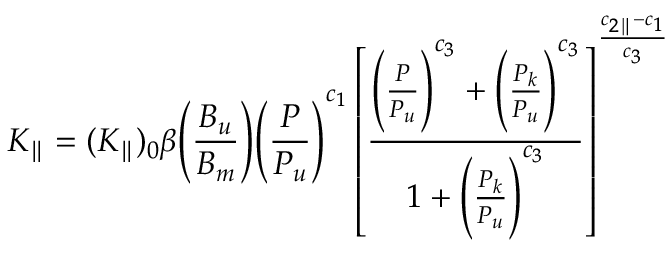
K _ { \parallel } = ( K _ { \parallel } ) _ { 0 } \beta \Bigg ( \frac { B _ { u } } { B _ { m } } \Bigg ) \Bigg ( \frac { P } { P _ { u } } \Bigg ) ^ { c _ { 1 } } \left[ \frac { \Bigg ( \frac { P } { P _ { u } } \Bigg ) ^ { c _ { 3 } } + \Bigg ( \frac { P _ { k } } { P _ { u } } \Bigg ) ^ { c _ { 3 } } } { 1 + \Bigg ( \frac { P _ { k } } { P _ { u } } \Bigg ) ^ { c _ { 3 } } } \right] ^ { \frac { c _ { 2 \parallel } - c _ { 1 } } { c _ { 3 } } }